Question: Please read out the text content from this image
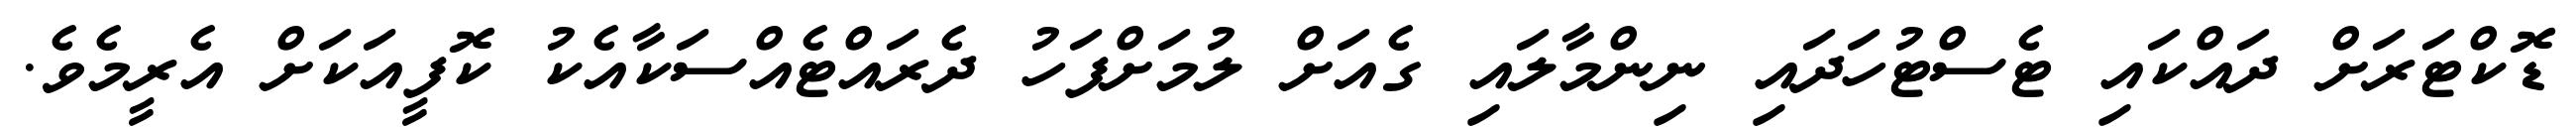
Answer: ޑޮކްޓަރަށް ދައްކައި ޓެސްޓުހަދައި ނިންމާލައި ގެއަށް ލުމަށްފަހު ދެރައްޓެއްސަކާއެކު ކޮފީއަކަށް އެރީމެވެ.